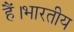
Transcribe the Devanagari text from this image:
हैं।भारतीय